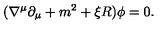
( \nabla ^ { \mu } \partial _ { \mu } + m ^ { 2 } + \xi R ) \phi = 0 .